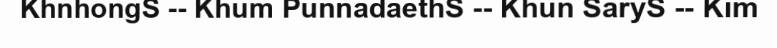
KhnhongS -- Khum PunnadaethS -- Khun SaryS -- Kim